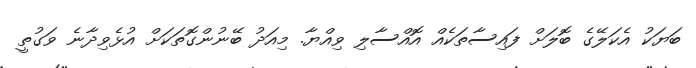
ބަޔަކު އެކަލޭގެ ބޮލަށް ފައިސާތަކެއް އޮއްސާލި ވިއްޔާ. މިއަދު ބޭނުންގޮތަކަށް އުޅެވިދާނެ ވަގުތީ